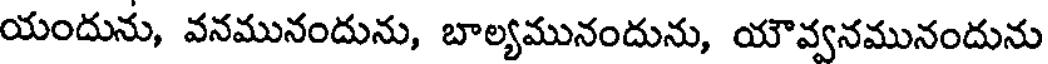
యందును, వనమునందును, బాల్యమునందును, యౌవ్వనమునందును